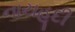
નાયહૂદી